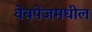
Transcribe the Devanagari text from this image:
वेबपेजमधील